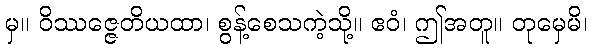
မှ။ ဝိဿဇ္ဇေတိယထာ၊ စွန့်စေသကဲ့သို့။ ဧဝံ၊ ဤအတူ။ တုမှေမိ၊